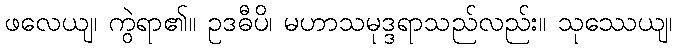
ဖလေယျ၊ ကွဲရာ၏။ ဥဒဓီပိ၊ မဟာသမုဒ္ဒရာသည်လည်း။ သုဿေယျ၊